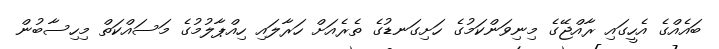
ބައެއްގެ އެހީގައި ރާއްޖޭގެ މިނިވަންކަމުގެ ހަށިގަނޑުގެ ތެރެއަށް ހަރާލައި ހިއްޕާލުމުގެ މަސައްކަތް މިހިސާބުން